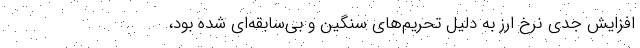
افزایش جدی نرخ ارز به دلیل تحریم‌های سنگین و بی‌سابقه‌ای شده بود،